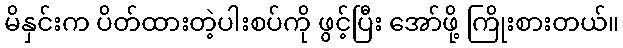
မိနှင်းက ပိတ်ထားတဲ့ပါးစပ်ကို ဖွင့်ပြီး အော်ဖို့ ကြိုးစားတယ်။